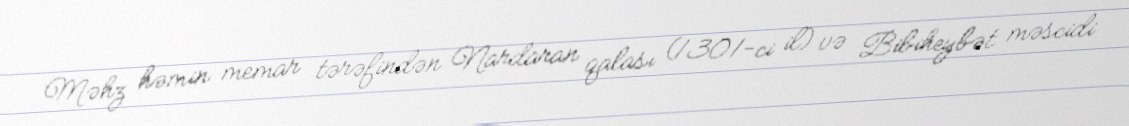
Məhz həmin memar tərəfindən Nardaran qalası (1301-ci il) və Bibiheybət məscidi